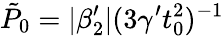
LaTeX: \tilde{P}_{0}=|\beta_{2}^{\prime}|(3\gamma^{\prime}t_{0}^{2})^{-1}